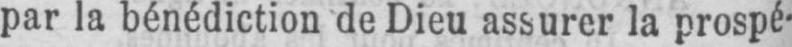
par la bénédiction de Dieu assurer la prospé-